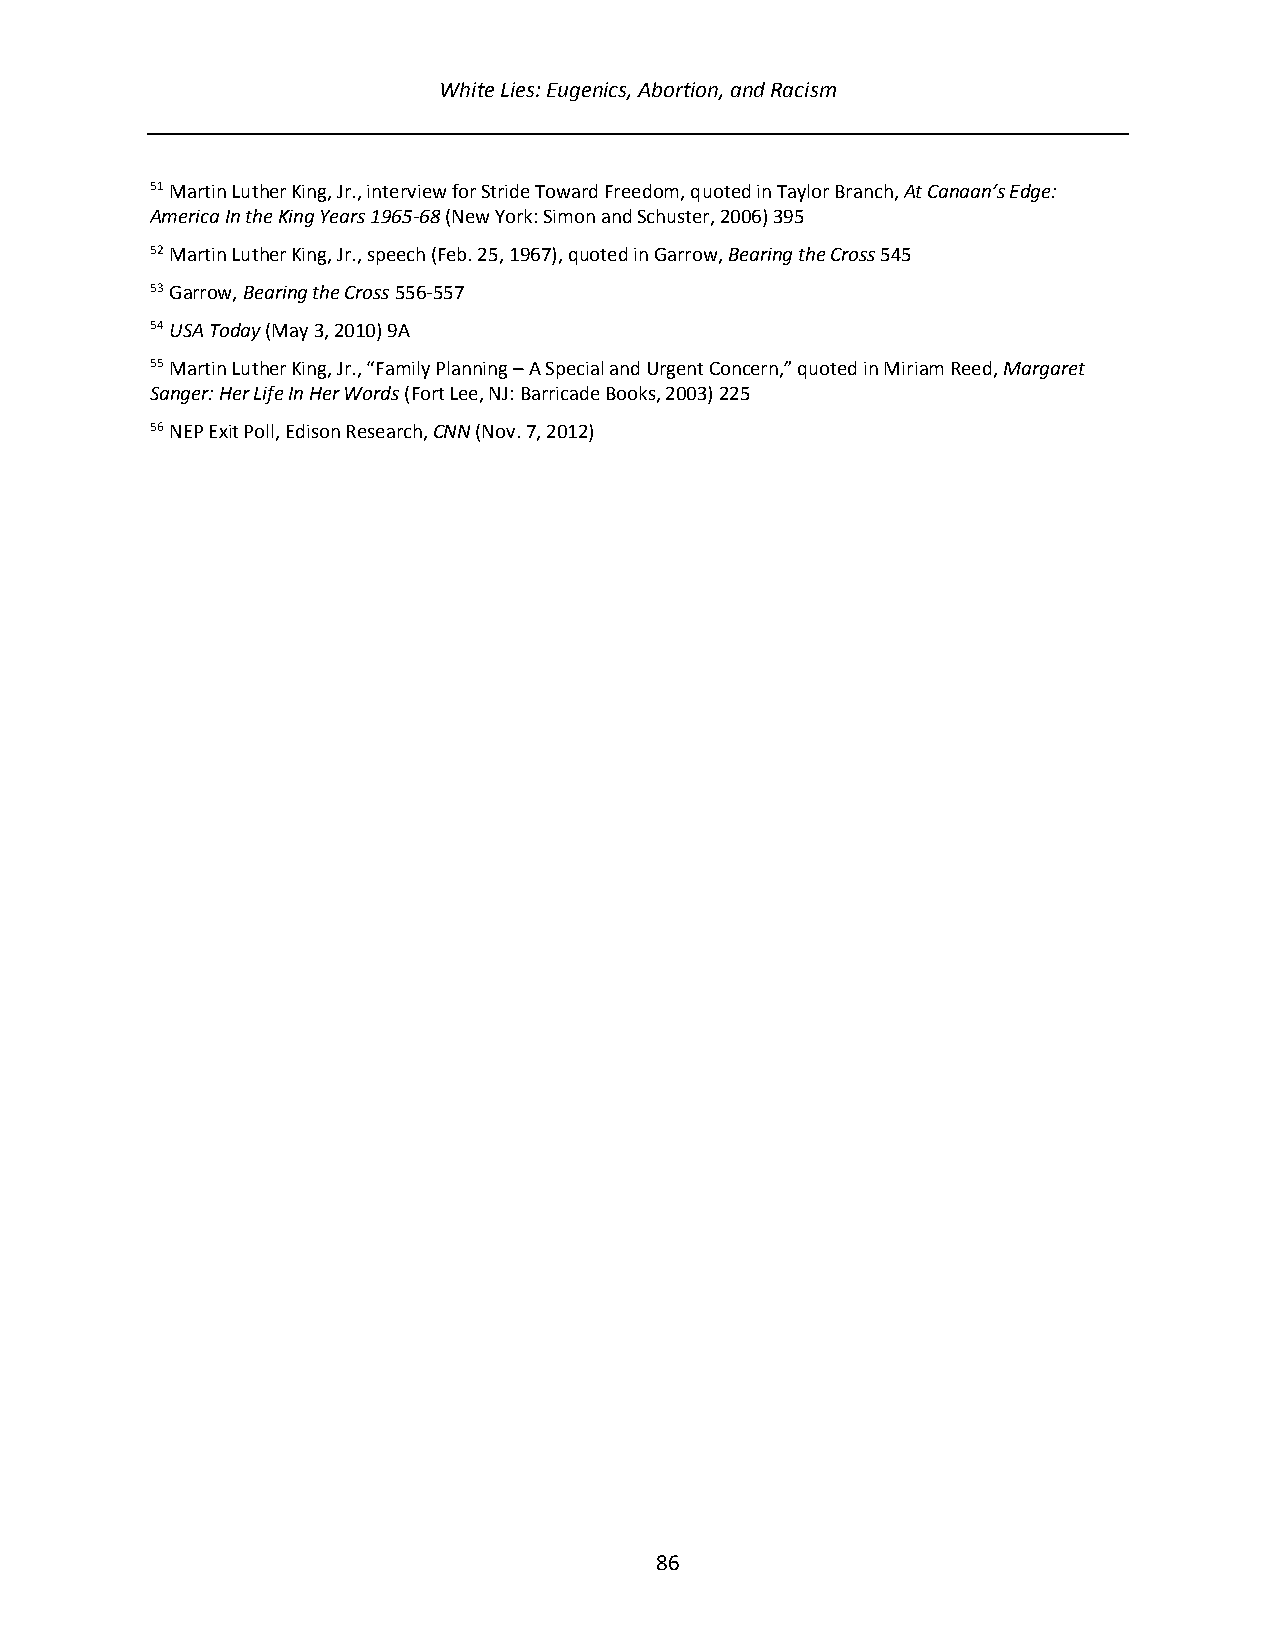
White Lies: Eugenics, Abortion, and Racism
 51 Martin Luther King, Jr., interview for Stride Toward Freedom, quoted in Taylor Branch, At Canaan’s Edge:
 America In the King Years 1965-68 (New York: Simon and Schuster, 2006) 395
 52 Martin Luther King, Jr., speech (Feb. 25, 1967), quoted in Garrow, Bearing the Cross 545
 53 Garrow, Bearing the Cross 556-557
 54 USA Today (May 3, 2010) 9A
 55 Martin Luther King, Jr., “Family Planning – A Special and Urgent Concern,” quoted in Miriam Reed, Margaret
 Sanger: Her Life In Her Words (Fort Lee, NJ: Barricade Books, 2003) 225
 56 NEP Exit Poll, Edison Research, CNN (Nov. 7, 2012)
 86